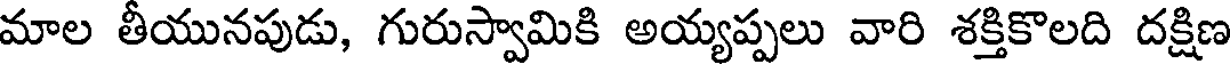
మాల తీయునపుడు, గురుస్వామికి అయ్యప్పలు వారి శక్తికొలది దక్షిణ